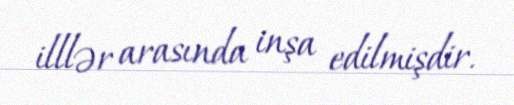
illlər arasında inşa edilmişdir.